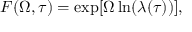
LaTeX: F ( { \mit \Omega } , \tau ) = \exp [ { \mit \Omega } \ln ( \lambda ( \tau ) ) ] ,